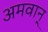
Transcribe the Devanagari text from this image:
अमवान्